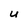
Character: u